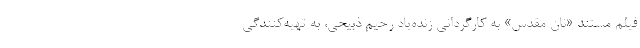
فیلم مستند «نان مقدس» به کارگردانی زنده‌یاد رحیم ذبیحی، به تهیه‌کنندگی